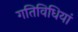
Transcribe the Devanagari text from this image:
गतिविधियां